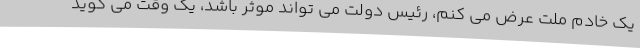
یک خادم ملت عرض می کنم، رئیس دولت می تواند موثر باشد، یک وقت می گوید